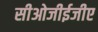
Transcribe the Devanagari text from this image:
सीओजीईजीए